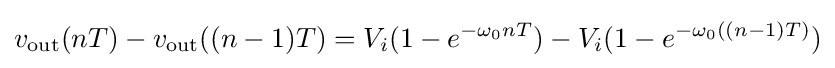
v_{\rm {out}}(nT)-v_{\rm {out}}((n-1)T)=V_{i}(1-e^{-\omega _{0}nT})-V_{i}(1-e^{-\omega _{0}((n-1)T)})